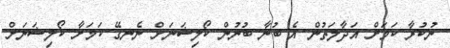
ނުކުރާ ކަމަށް އަދާލަތުން އެ ބުނާ ބުނުން ކޯލިޝަނަށް ނެނގޭ ކަމަށާ ކޯލިޝަނަށް